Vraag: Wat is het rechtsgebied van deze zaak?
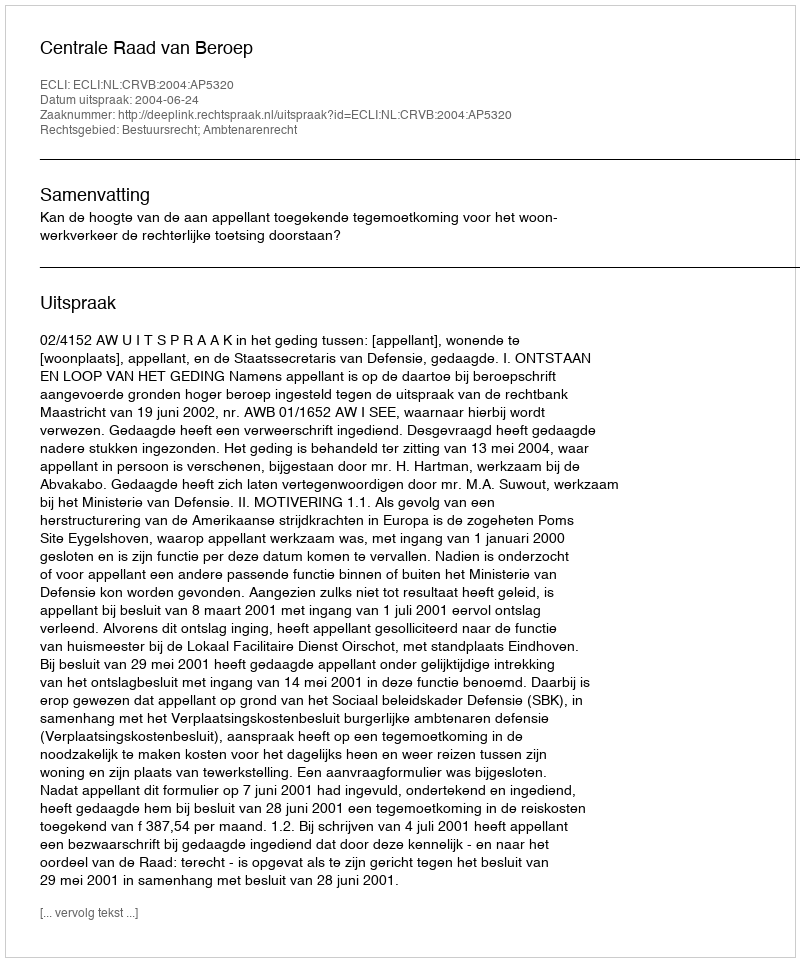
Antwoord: Bestuursrecht; Ambtenarenrecht